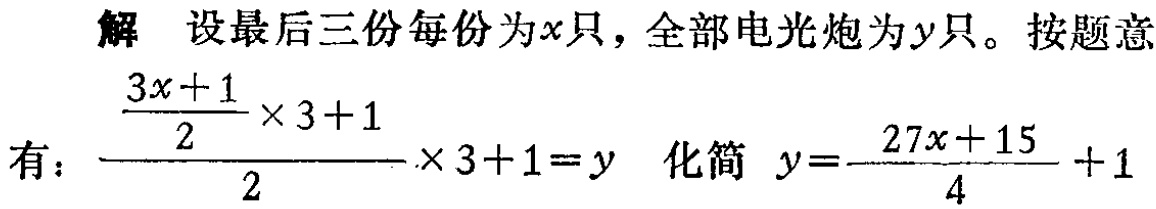
解 设最后三份每份为\(x\)只，全部电光炮为\(y\)只。按题意

有：\(\dfrac{\dfrac{3x + 1}{2}\times 3 + 1}{2}\times 3 + 1 = y\) 化简 \(y = \dfrac{27x + 15}{4}+1\)